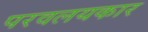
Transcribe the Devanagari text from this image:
परवलयकार